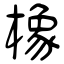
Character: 橡